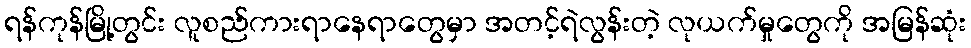
ရန်ကုန်မြို့တွင်း လူစည်ကားရာနေရာတွေမှာ အတင့်ရဲလွန်းတဲ့ လုယက်မှုတွေကို အမြန်ဆုံး